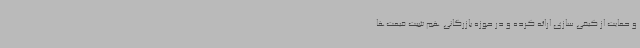
و حمایت از کیفی سازی ارائه کرده و در حوزه بازرگانی هم تثبیت قیمت‌ها